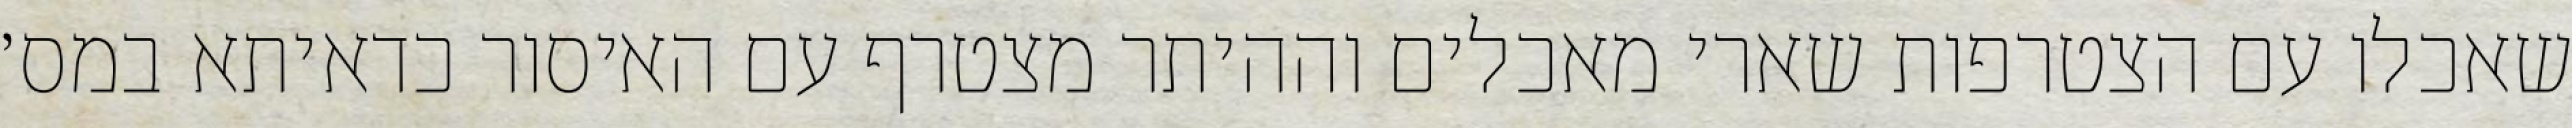
שאכלו עם הצטרפות שארי מאכלים וההיתר מצטרף עם האיסור כדאיתא במס׳